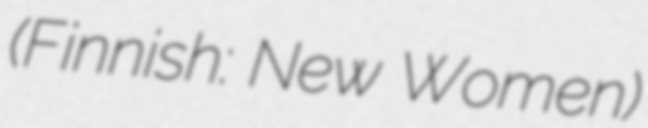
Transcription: (Finnish: New Women)